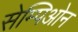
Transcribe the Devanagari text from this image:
सेम्पिओन